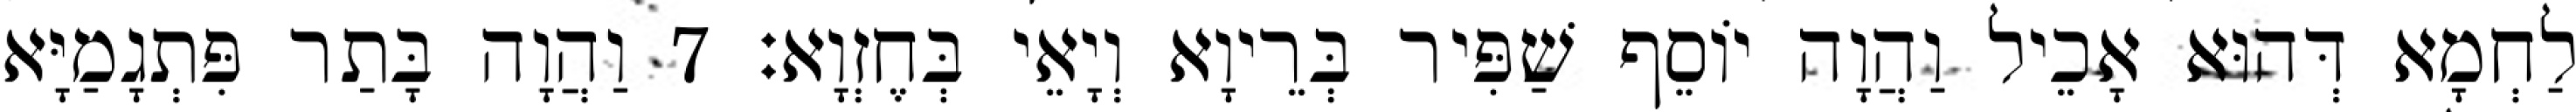
לַחְמָא דְּהוּא אָכֵיל וַהֲוָה יוֹסֵף שַׁפִּיר בְּרֵיוָא וְיָאֵי בְּחֶזְוָא׃ 7 וַהֲוָה בָּתַר פִּתְגָמַיָּא